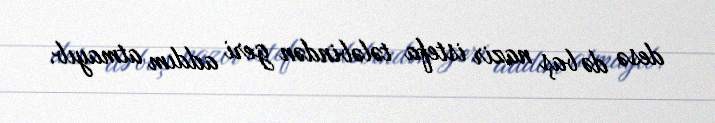
desə də baş nazir istefa tələbindən geri addım atmayıb.